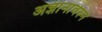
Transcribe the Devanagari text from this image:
अज्ञानावरुन